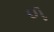
ળ